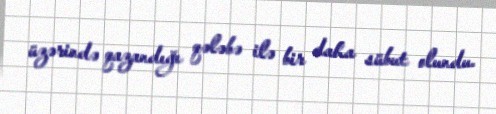
üzərində qazandığı qələbə ilə bir daha sübut olundu.